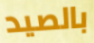
بالصيد